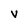
Character: V